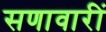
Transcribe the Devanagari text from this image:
सणावारीं